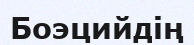
Боэцийдің